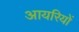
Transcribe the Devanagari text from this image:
आयरियों